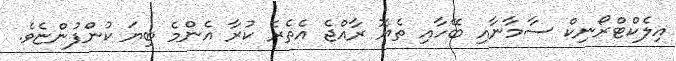
އިލެކްޓްރޯނިކް ސާމާނާއި ބޭހާއި ތެޔޮ ރާއްޖެ އެތެރެ ކުރާ އެންމެ ބިޔަ ކުންފުންޏެވެ.